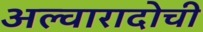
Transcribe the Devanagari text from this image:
अल्वारादोची